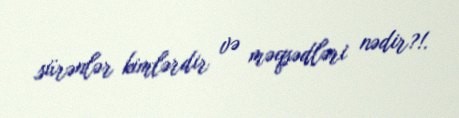
sürənlər kimlərdir və məqsədləri nədir?!.